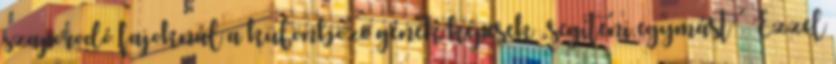
szaporodó fajoknál a különböző gének képesek „segíteni egymást”. Ezzel